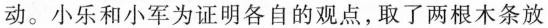
动。小乐和小军为证明各自的观点，取了两根木条放